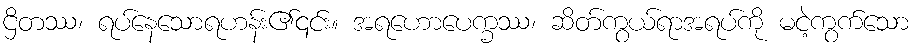
ဌိတဿ၊ ရပ်နေသောရဟန်း၏၎င်း။ အရဟောပေက္ခဿ၊ ဆိတ်ကွယ်ရာအရပ်ကို မငဲ့ကွက်သော